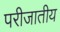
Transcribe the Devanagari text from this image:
परीजातीय